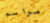
مراسم